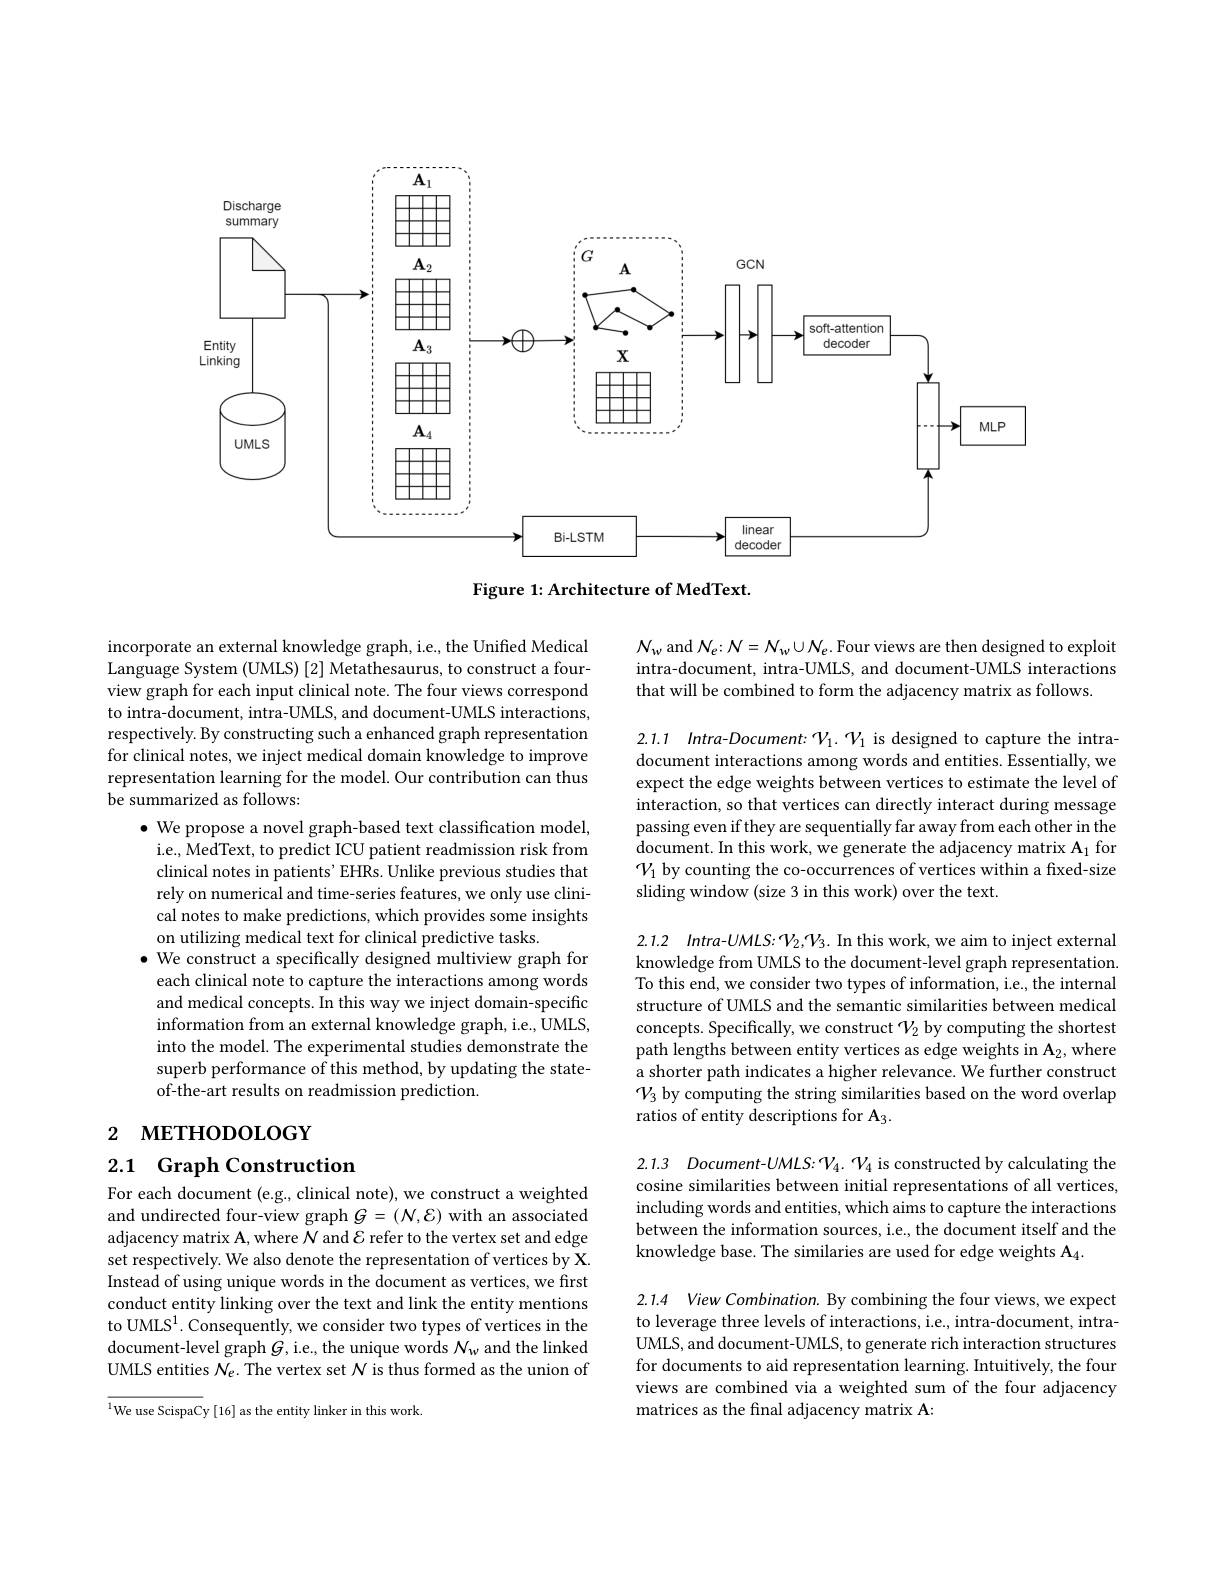
<FigureHere>

Figure 1: Architecture of MedText.

$N_w$ and $N_e{:}N=N_w\cup N_e.$ Four views are then designed to exploit intra-document, intra-UMLS, and document-UMLS interactions that will be combined to form the adjacency matrix as follows.

incorporate an external knowledge graph, i.e., the Unified Medical Language System (UMLS) [2] Metathesaurus, to construct a fourview graph for each input clinical note. The four views correspond to intra-document, intra-UMLS, and document-UMLS interactions, respectively. By constructing such a enhanced graph representation for clinical notes, we inject medical domain knowledge to improve representation learning for the model. Our contribution can thus be summarized as follows:

2.1.1 Intra-Document: $V_1.~\mathcal{V}_1$ is designed to capture the intradocument interactions among words and entities. Essentially, we expect the edge weights between vertices to estimate the level of interaction, so that vertices can directly interact during message passing even if they are sequentially far away from each other in the document. In this work, we generate the adjacency matrix A$_1$ for $\mathcal{V}_1$ by counting the co-occurrences of vertices within a fixed-size sliding window (size 3 in this work) over the text.

$\bullet$ We propose a novel graph-based text classification model, i.e., MedText, to predict ICU patient readmission risk from clinical notes in patients' EHRs. Unlike previous studies that rely on numerical and time-series features, we only use clinical notes to make predictions, which provides some insights on utilizing medical text for clinical predictive tasks
$\bullet$ We construct a specifically designed multiview graph for each clinical note to capture the interactions among words and medical concepts. In this way we inject domain-specific information from an external knowledge graph, i.e., UMLS, into the model. The experimental studies demonstrate the superb performance of this method, by updating the stateof-the-art results on readmission prediction.

2.1.2 $Intra- UMLS: \mathcal{V} _2, \mathcal{V} _3.$ In this work, we aim to inject external knowledge from UMLS to the document-level graph representation. To this end, we consider two types of information, i.e., the internal structure of UMLS and the semantic similarities between medical concepts. Specifically, we construct $\mathcal{V}_2$ by computing the shortest path lengths between entity vertices as edge weights in A$_2$,where a shorter path indicates a higher relevance. We further construct $\mathcal{V}_3$ by computing the string similarities based on the word overlap ratios of entity descriptions for A3.

# 2 метнорогобү

2.1 Graph Construction

2.1.3 Document-UMLS: $\mathcal{V}_4.$ V$_4$ is constructed by calculating the cosine similarities between initial representations of all vertices, including words and entities, which aims to capture the interactions between the information sources, i.e., the document itself and the knowledge base. The similaries are used for edge weights A$_4.$

For each document (e.g., clinical note), we construct a weighted and undirected four-view graph $G=(\mathcal{N},\mathcal{E})$ with an associated adjacency matrix A, where $N$ and $\mathcal{E}$ refer to the vertex set and edge set respectively. We also denote the representation of vertices by X. Instead of using unique words in the document as vertices, we first conduct entity linking over the text and link the entity mentions to UMLS$^1.$ Consequently, we consider two types of vertices in the document-level graph $G$, i.e., the unique words $N_w$ and the linked UMLS entities $N_e.$ The vertex set $N$ is thus formed as the union of

2.1.4 View Combination. By combining the four views, we expect to leverage three levels of interactions, i.e., intra-document, intraUMLS, and document-UMLS, to generate rich interaction structures for documents to aid representation learning. Intuitively, the four views are combined via a weighted sum of the four adjacency matrices as the final adjacency matrix A:

${^{1}\text{We use ScispaCy[16] as the entity linker in this work.}}$